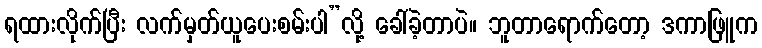
ရထားလိုက်ပြီး လက်မှတ်ယူပေးစမ်းပါ”လို့ ခေါ်ခဲ့တာပဲ။ ဘူတာရောက်တော့ ဒကာဖြူက